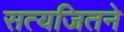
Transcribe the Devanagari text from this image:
सत्यजितने